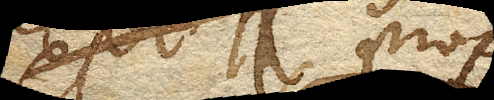
Exper. 5. Prop. 5.